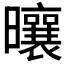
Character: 𪱒